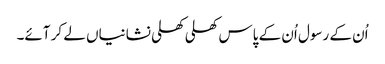
اُن کے رسول اُن کے پاس کھلی کھلی نشانیاں لے کر آئے۔